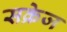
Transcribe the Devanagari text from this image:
सक्रेज